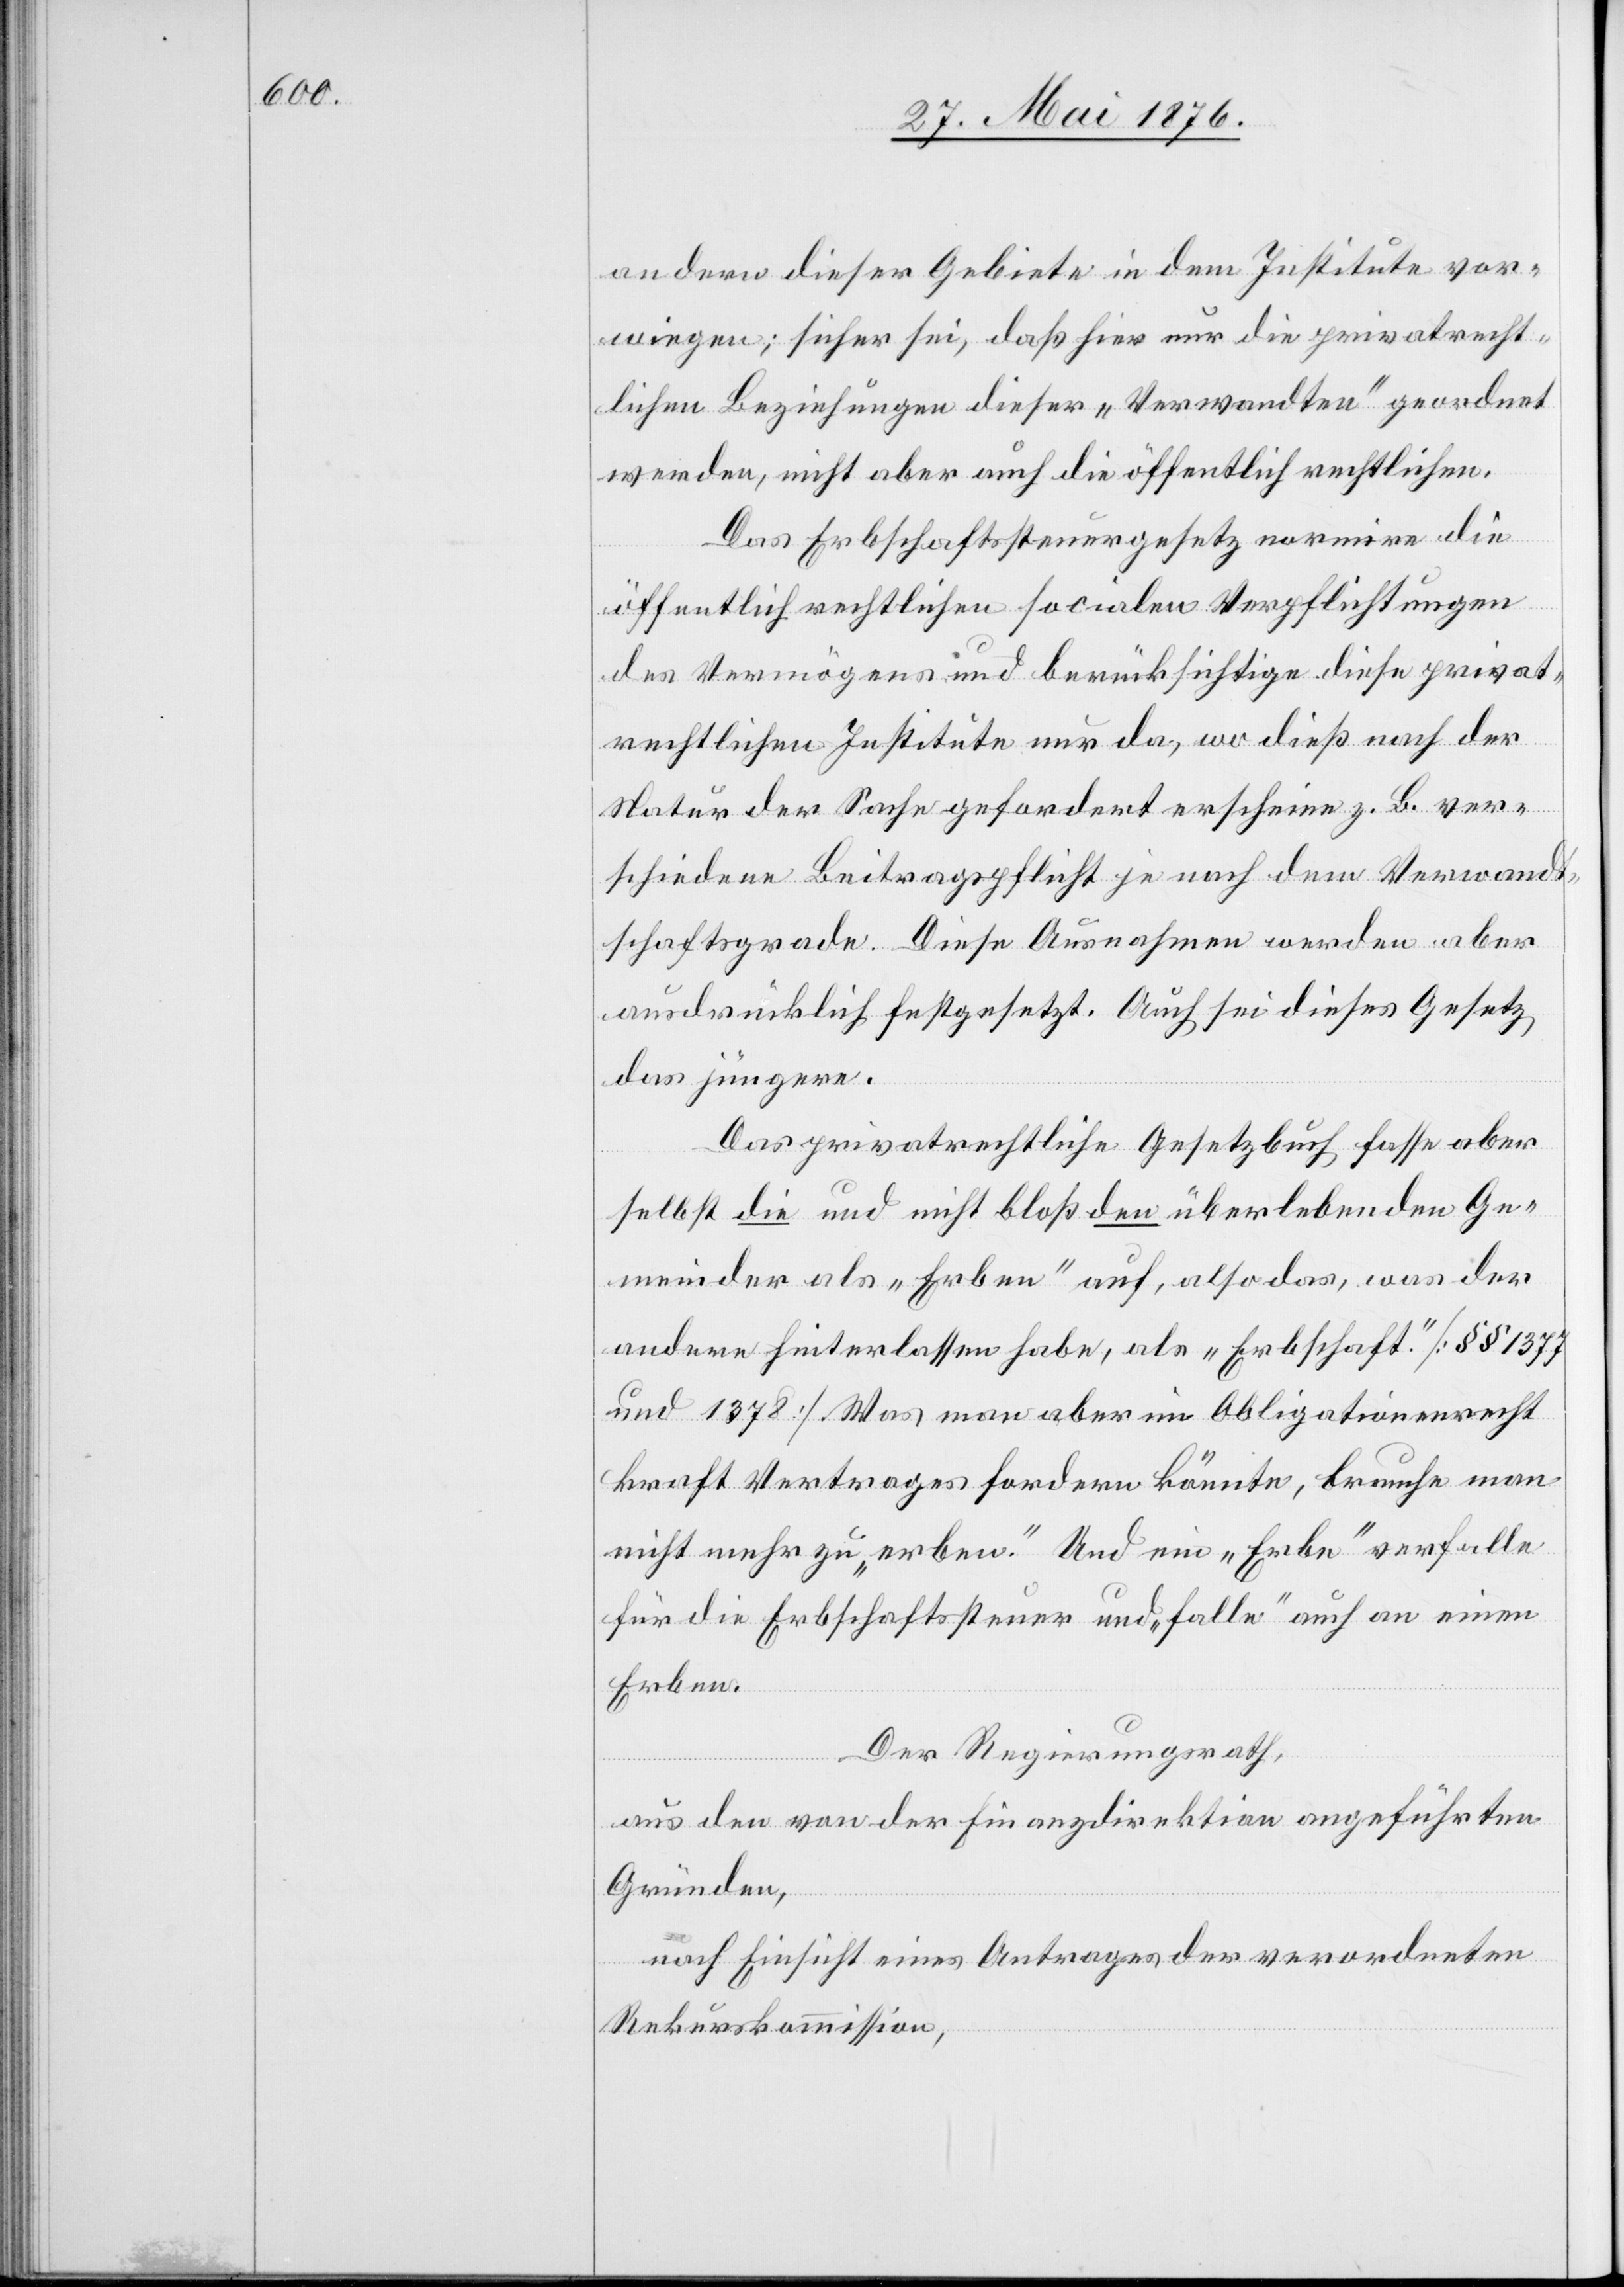
andern dieser Gebiete in dem Institute vor¬
wiegen; sicher sei, daß hier nur die privatrecht¬
lichen Beziehungen dieser „Verwandten“ geordnet
werden, nicht aber auch die öffentlich rechtlichen.
Das Erbschaftssteuergesetz normire die
öffentlich rechtlichen socialen Verpflichtungen
des Vermögens und berücksichtige diese privat¬
rechtlichen Institute nur da, wo dies nach der
Natur der Sache gefordert erscheine z. B. ver¬
schiedene Beitragspflicht je nach dem Verwandt¬
schaftsgrade. Diese Ausnahmen werden aber
ausdrücklich festgesetzt. Auch sei dieses Gesetz
das jüngere.
Das privatrechtliche Gesetzbuch fasse aber
selbst die und nicht bloß den überlebenden Ge¬
meinder als „Erben“ auf, also das, was der
andere hinterlassen habe, als „Erbschaft.“ [§§ 1377
und 1378] Was man aber im Obligationenrecht
kraft Vertrages fordern könnte, brauche man
nicht mehr zu „erben.“ Und ein „Erbe“ verfalle
für die Erbschaftssteuer und „falle“ auch an einen
Erben.
Der Regierungsrath,
aus den von der Finanzdirektion angeführten
Gründen,
nach Einsicht eines Antrages der verordneten
Rekurskommission,